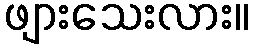
ဖျားသေးလား။